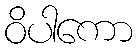
ဝိပါကော